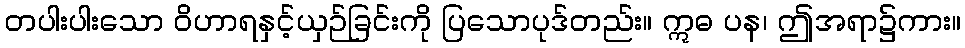
တပါးပါးသော ဝိဟာရနှင့်ယှဉ်ခြင်းကို ပြသောပုဒ်တည်း။ ဣဓ ပန၊ ဤအရာ၌ကား။